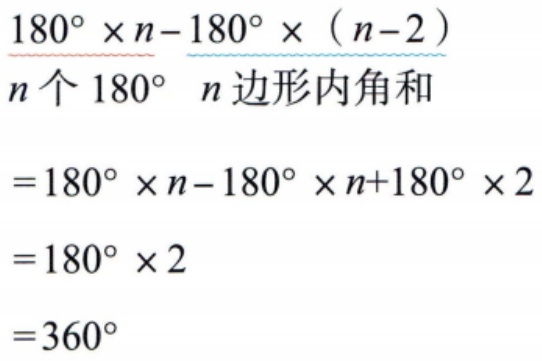
\[
\begin{align*}
&\frac{180^{\circ} \times n - 180^{\circ} \times (n - 2)}{n个180^{\circ}\ \ n边形内角和}\\
=&180^{\circ} \times n-180^{\circ} \times n + 180^{\circ} \times 2\\
=&180^{\circ} \times 2\\
=&360^{\circ}
\end{align*}
\]